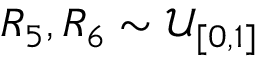
R _ { 5 } , R _ { 6 } \sim \mathcal { U } _ { [ 0 , 1 ] }